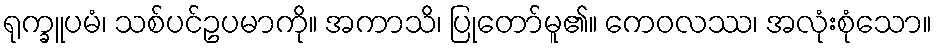
ရုက္ခူပမံ၊ သစ်ပင်ဥပမာကို။ အကာသိ၊ ပြုတော်မူ၏။ ကေဝလဿ၊ အလုံးစုံသော။